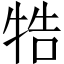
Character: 牿